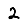
Digit: 2